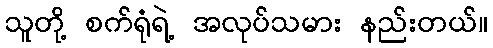
သူတို့ စက်ရုံရဲ့ အလုပ်သမား နည်းတယ်။